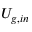
U _ { g , i n }